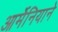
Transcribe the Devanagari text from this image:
आर्मेनियाने